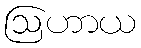
ဩဟာယ